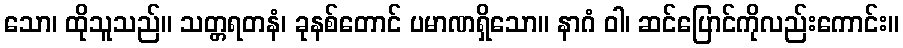
သော၊ ထိုသူသည်။ သတ္တရတနံ၊ ခုနစ်တောင် ပမာဏရှိသော။ နာဂံ ဝါ၊ ဆင်ပြောင်ကိုလည်းကောင်း။